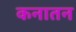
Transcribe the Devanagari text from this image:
कनातन